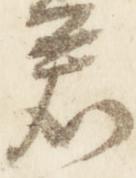
君